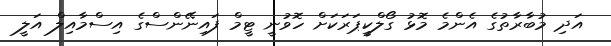
އަދި މުބާރާތުގެ އެންމެ މޮޅު ގޯލްކީޕަރަކަށް ހޮވުނީ ޓީމް ފައިނޭންސްގެ އިސްމާއިލް އަލީ